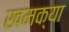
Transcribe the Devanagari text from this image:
खमक्या